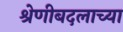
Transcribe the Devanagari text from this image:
श्रेणीबदलाच्या